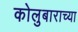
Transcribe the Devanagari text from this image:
कोलुबाराच्या